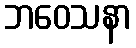
ဘဝေသနာ